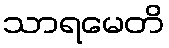
သာရမေတိ